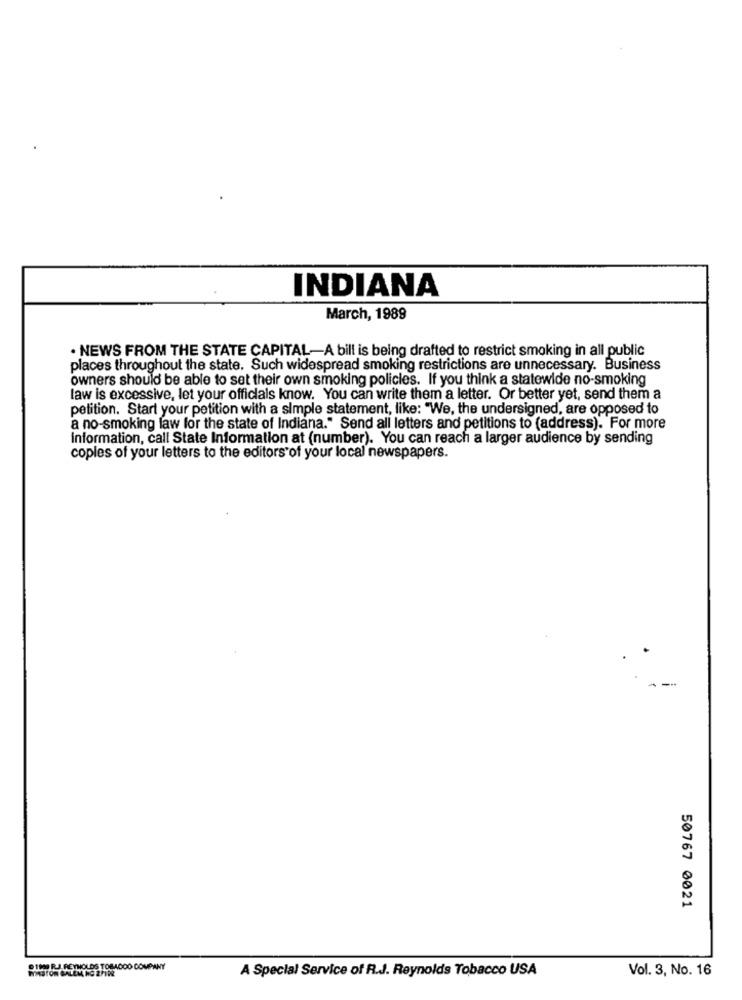
INDIANA
March, 1989
. NEWS FROM THE STATE CAPITAL-A bill is being drafted to restrict smoking in all public
places throughout the state. Such widespread smoking restrictions are unnecessary. Business
owners should be able to set their own smoking policies. If you think a statewide no-smoking
law is excessive, let your officials know. You can write them a letter. Or better yet, send them a
petition. Start your petition with a simple statement, like: "We, the undersigned, are opposed to
a no-smoking law for the state of Indiana." Send all letters and petitions to (address). For more
information, call State Information at (number). You can reach a larger audience by sending
copies of your letters to the editors of your local newspapers.
--
50767 0021
DIMI RJ. REYNOLDS TOBAGOO COMPANY
PASTOR BALEM HC 2FIRE
A Special Service of R.J. Reynolds Tobacco USA
Vol. 3, No. 16